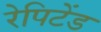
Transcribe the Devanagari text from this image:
रेपिटेंड